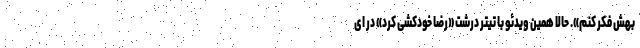
بهش فکر کنم». حالا همین ویدئو با تیتر درشت «رضا خودکشی کرد» در ای